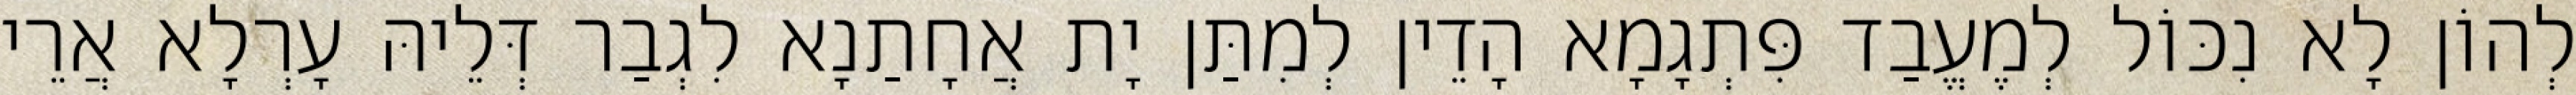
לְהוֹן לָא נִכּוֹל לְמֶעֱבַד פִּתְגָמָא הָדֵין לְמִתַּן יָת אֲחָתַנָא לִגְבַר דְּלֵיהּ עָרְלָא אֲרֵי